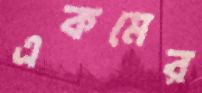
একমের